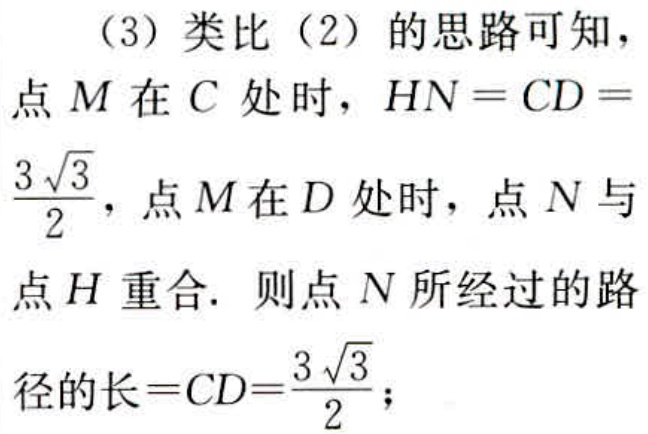
（3）类比（2）的思路可知，

点\(M\)在\(C\)处时，\(HN = CD = \frac{3\sqrt{3}}{2}\)，点\(M\)在\(D\)处时，点\(N\)与

点\(H\)重合. 则点\(N\)所经过的路

径的长\(=CD=\frac{3\sqrt{3}}{2}\)；